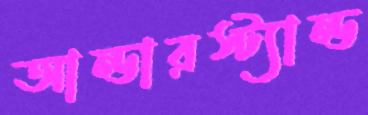
আন্ডারস্ট্যান্ড